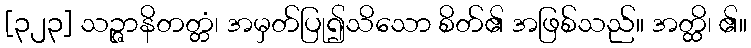
[၃၂၃] သဉ္ဇာနိတတ္တံ၊ အမှတ်ပြု၍သိသော စိတ်၏ အဖြစ်သည်။ အတ္ထိ၊ ၏။